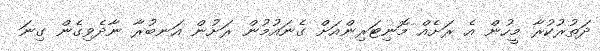
ދަތުރުކުރާ މީހުން އެ ރަށެއް މޮނިޓަރިންއަށް ގެނައުމުން ރަށުން އަނބުރާ ނާދެވިގެން ގިނަ